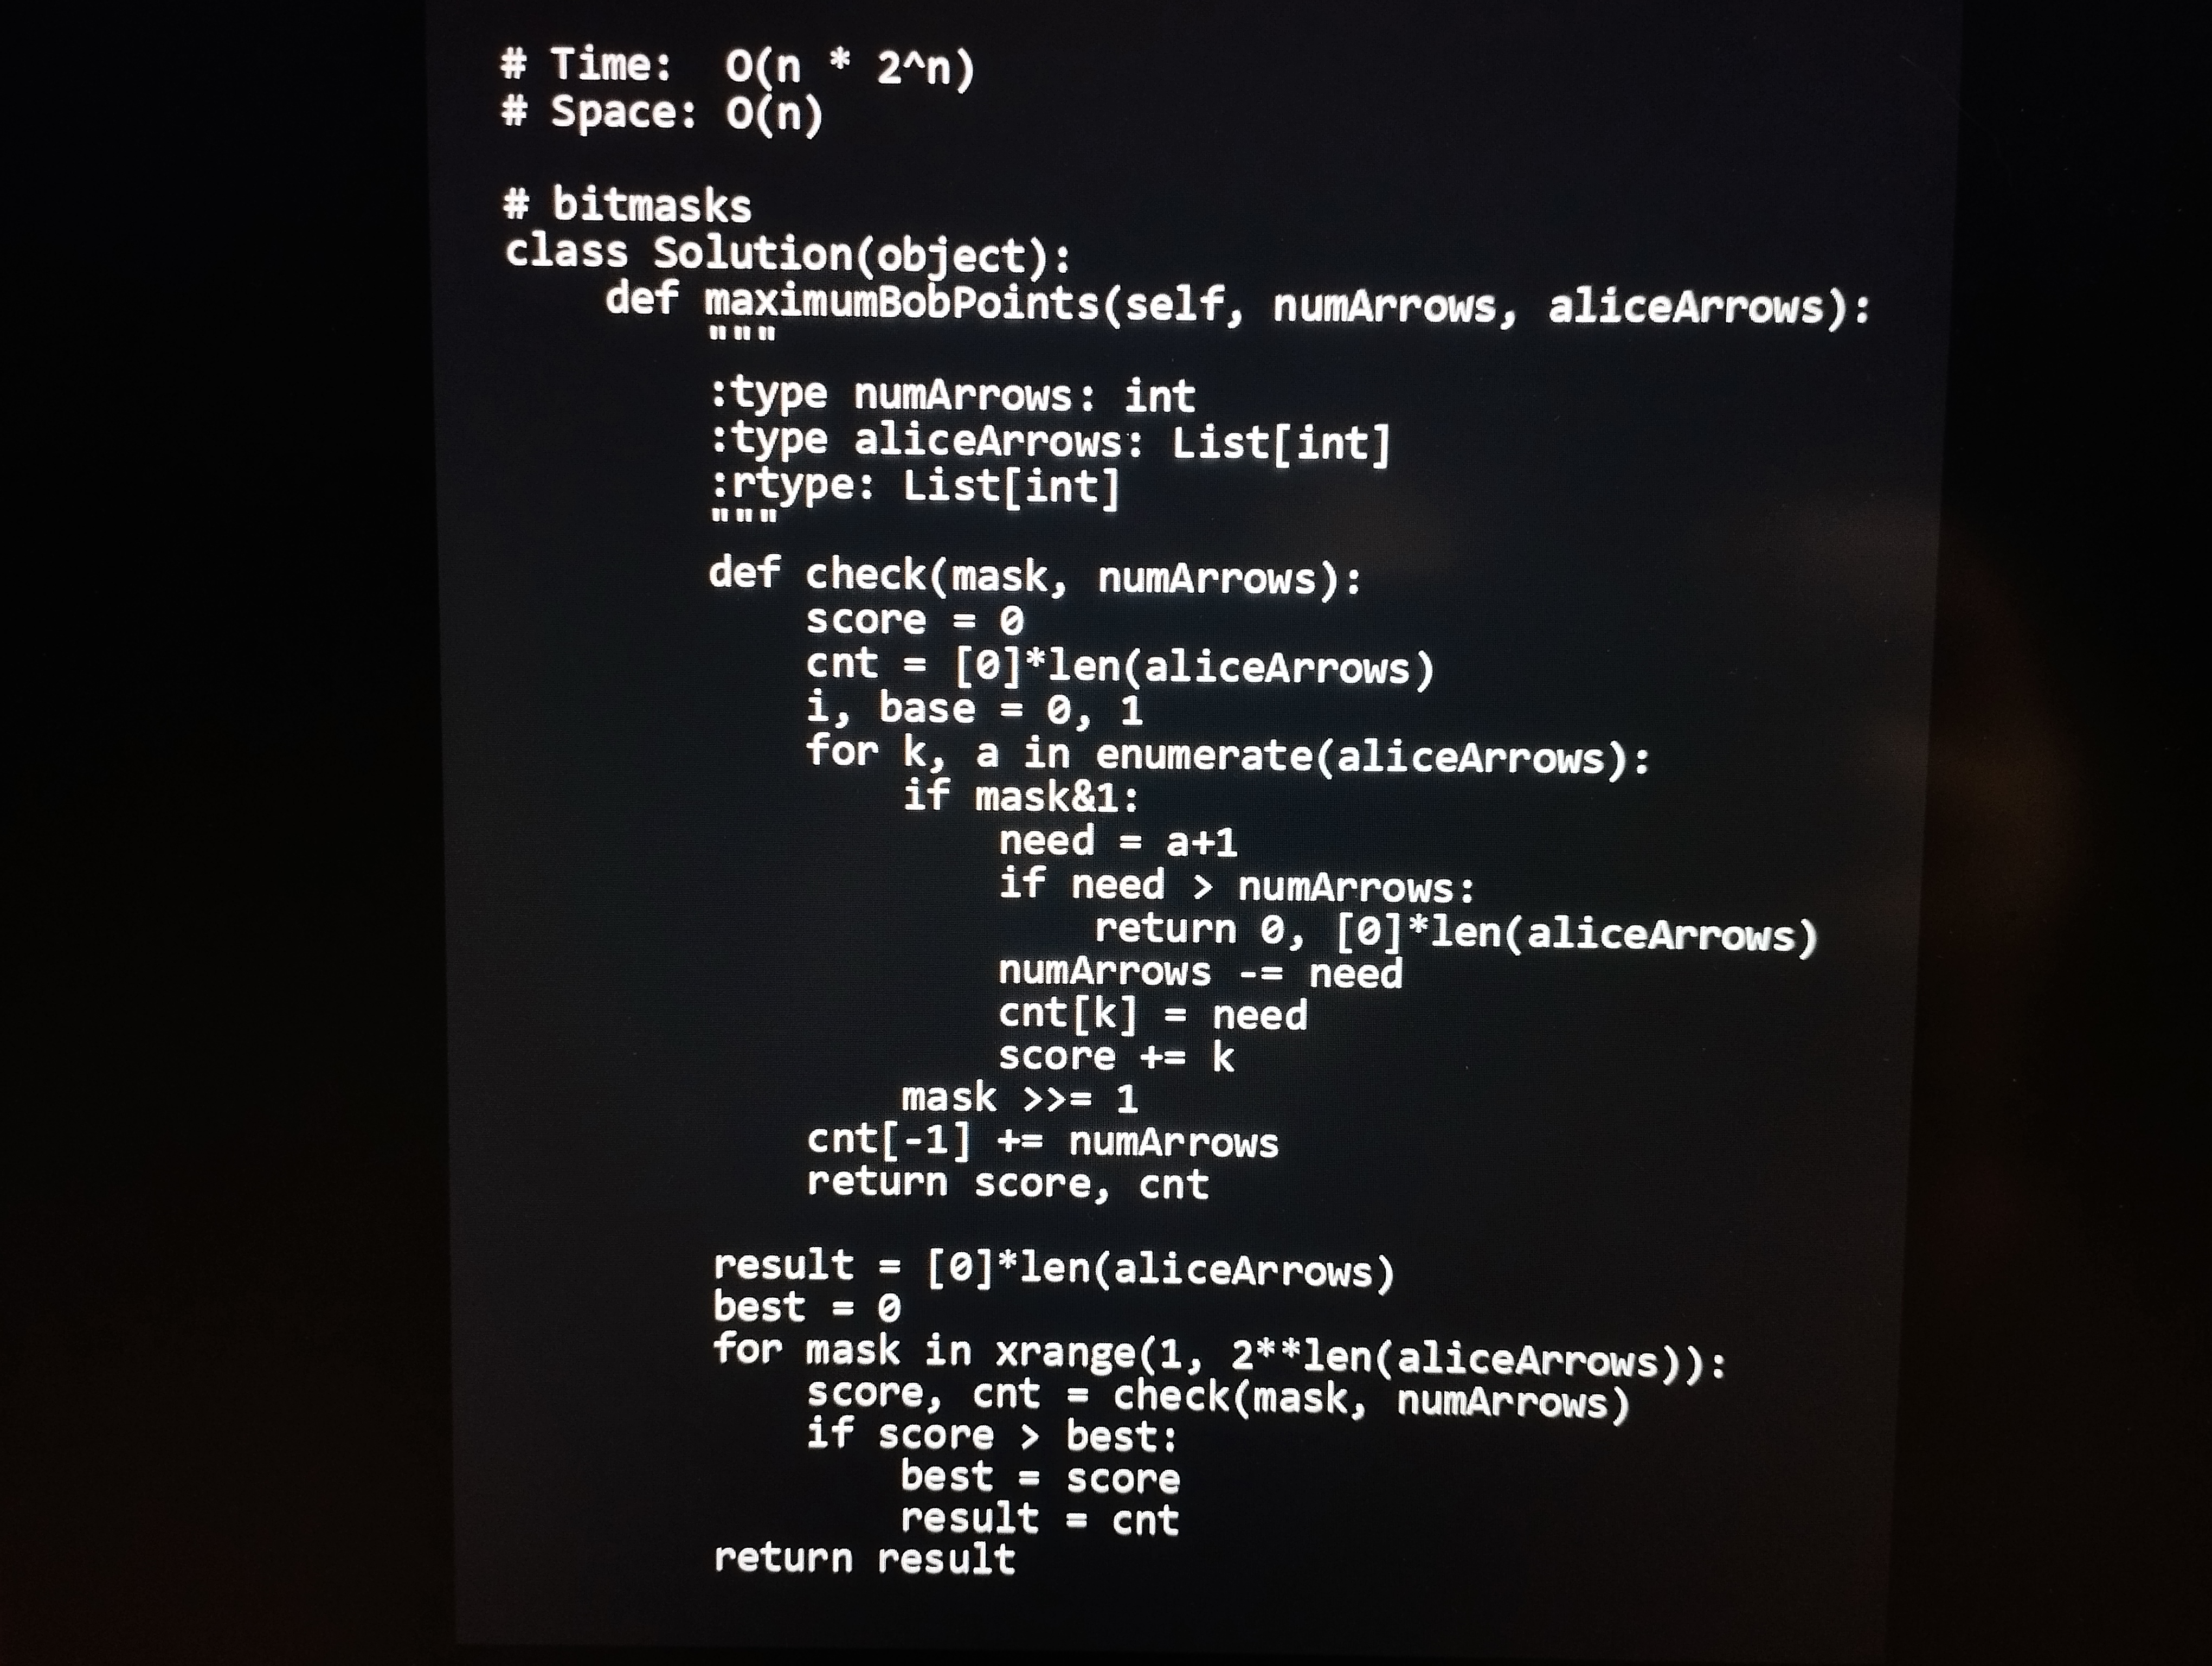
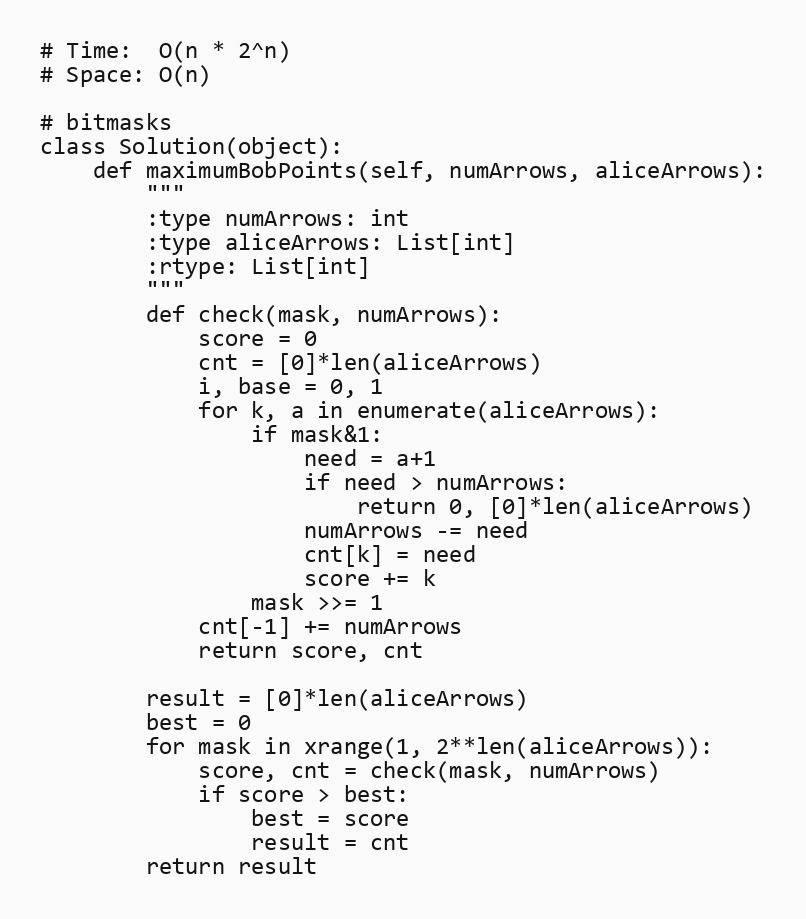
# Time:  O(n * 2^n)
# Space: O(n)

# bitmasks
class Solution(object):
    def maximumBobPoints(self, numArrows, aliceArrows):
        """
        :type numArrows: int
        :type aliceArrows: List[int]
        :rtype: List[int]
        """
        def check(mask, numArrows):
            score = 0
            cnt = [0]*len(aliceArrows)
            i, base = 0, 1
            for k, a in enumerate(aliceArrows):
                if mask&1:
                    need = a+1
                    if need > numArrows:
                        return 0, [0]*len(aliceArrows)
                    numArrows -= need
                    cnt[k] = need
                    score += k
                mask >>= 1
            cnt[-1] += numArrows
            return score, cnt

        result = [0]*len(aliceArrows)
        best = 0
        for mask in xrange(1, 2**len(aliceArrows)):
            score, cnt = check(mask, numArrows)
            if score > best:
                best = score
                result = cnt
        return result